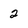
Character: 2